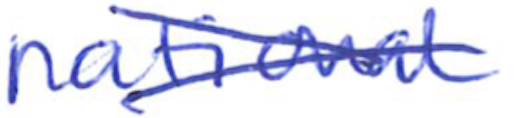
Text: national
Cross-out: cross
Writing tool: ballpoint